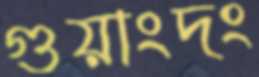
গুয়াংদং